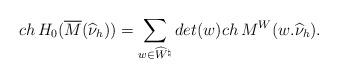
LaTeX: \begin{align*}ch\,H_0(\overline M(\widehat\nu_h))=\sum_{w\in \widehat W^\natural}det(w)ch\,M^W(w.\widehat\nu_h).\end{align*}